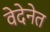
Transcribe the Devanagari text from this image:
वेदेनेत